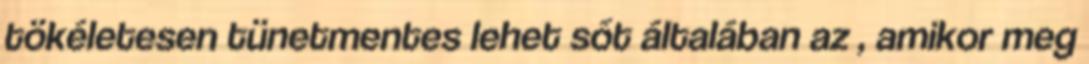
tökéletesen tünetmentes lehet sőt általában az , amikor meg